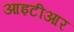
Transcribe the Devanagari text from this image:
आइटीआर